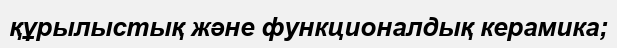
құрылыстық және функционалдық керамика;